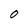
Character: O